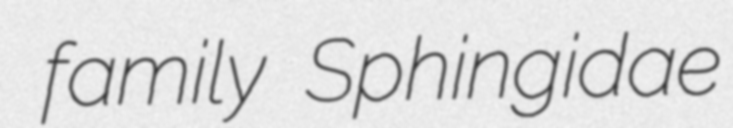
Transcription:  family Sphingidae